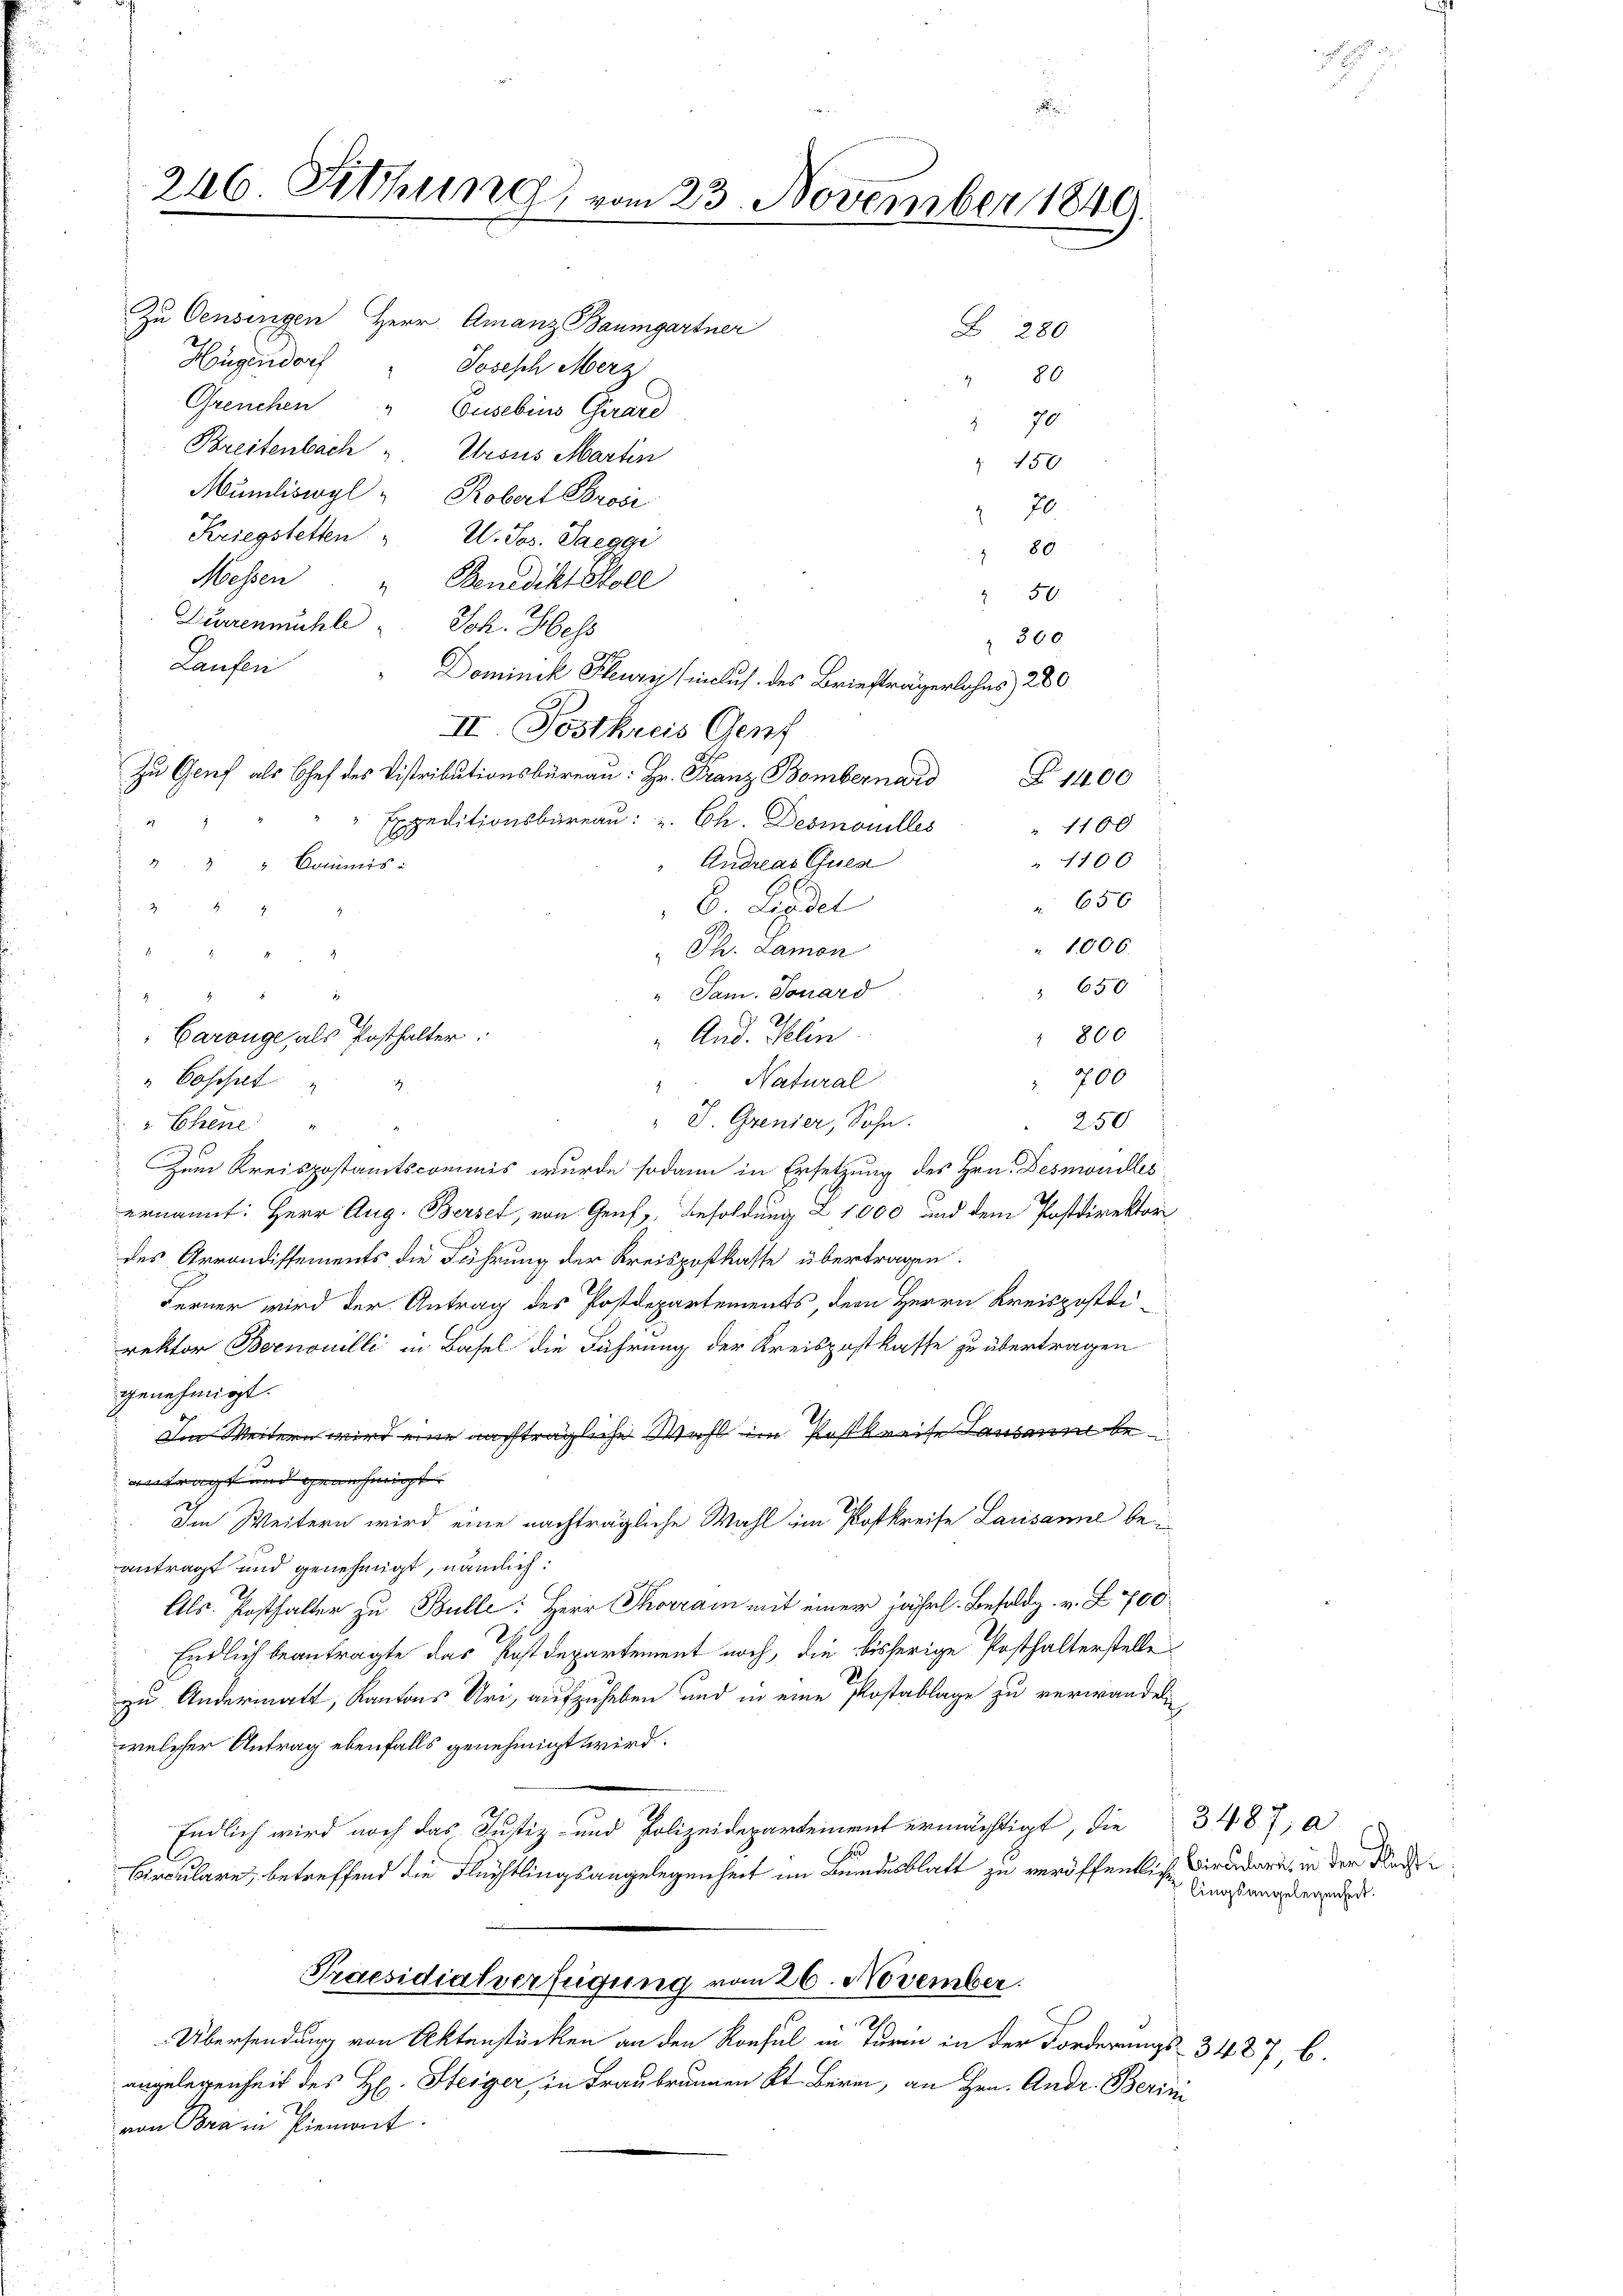
246. Sitzung, vom 23. November 1840
.

II. Postkreis Genf
Zu Grief als Chef des Distributionsbüreau: Hr. Franz Bombernard
Expeditionsbüreau u. Ch. Desmouilles
 " " Commis
 8
Carönge, als Posthalter.
"Coschnet.

47

Zu Oensingen Herr Amanz Baumgartner
Hügendorf
Joseph Merz
Greuchen " Cusebins Girard
Breitenbach u. Krons Martin
Mündliswyl " Robert Provi
Kriegstetten " W. Jos. Saeggi
Messen
Benedikt Soll
Dürrenmühle Joh. Hess
Laufen
 656
E Liedel
1006.
Ph. Lamon
 650
"Jam. Souard
"And. Selin.
 800
 700
" Natural
S. Grenzer, Sohn.
250
Chene
Zum Kreispostamtscommis wurde sodann in Ersetzung des Hrn. Desundesernannt: Herr Aug. Berset, von Genf, Besoldung Z 1000 und dem Postdirektor
des Arrondissements die Führung der Kreispostkasse übertragen.
Ferner wird der Antrag des Postdepartements, dem Herrn Kreispostdirektor Bernouilli in Basel die Führung der Kreispostkasse zu übertragen
genehmigt.
Im Weitern wird eine nachträgliche Wahl im Postkreise Lausann be
antragt und genehmigt.
Im Weitern wird eine nachträgliche Wahl im Postkreise Lausanne beantragt und genehmigt, nämlich:
Als. Posthalter zu Bulle: Herr Thorrain mit einer jährl. Besoldg. v. L. 700
Endlich beantragte das Postdepartement noch, die bisherige Posthalterstelle
D
zu Andermatt, Kantons Uri, aufzuheben und in eine Postablage zu verwandel
welcher Antrag ebenfalls genehmigt wird:
Endlich wird noch das Justiz- und Polizeidepartement ermächtigt, die
Circulare, betreffend die Flüchtlingsangelegenheit im Bundesblatt zu veröffentliche Wird dann, in der de
Praesidialverfügung vom 26. November.
Übersendung von Aktenstücken an den Konsul in Turin in der Forderungs- 3487, 6.
angelegenheit des H. Steiger, in Frau brannen Kt. Bern, an Hrn. Andr. Berini
von Bora in Piemont.

Z 280
 80
2 70
 150
70
E
80
50
300
Dominik Flury (inclus. des Briefträgerlohns 280
Z 1400
" 1100
" 1100
Andreas Gula

3487, a
lingsangelegenheit.